Calcutta medical institutions reports 1879-81 [i.e.91]
Year: 1879
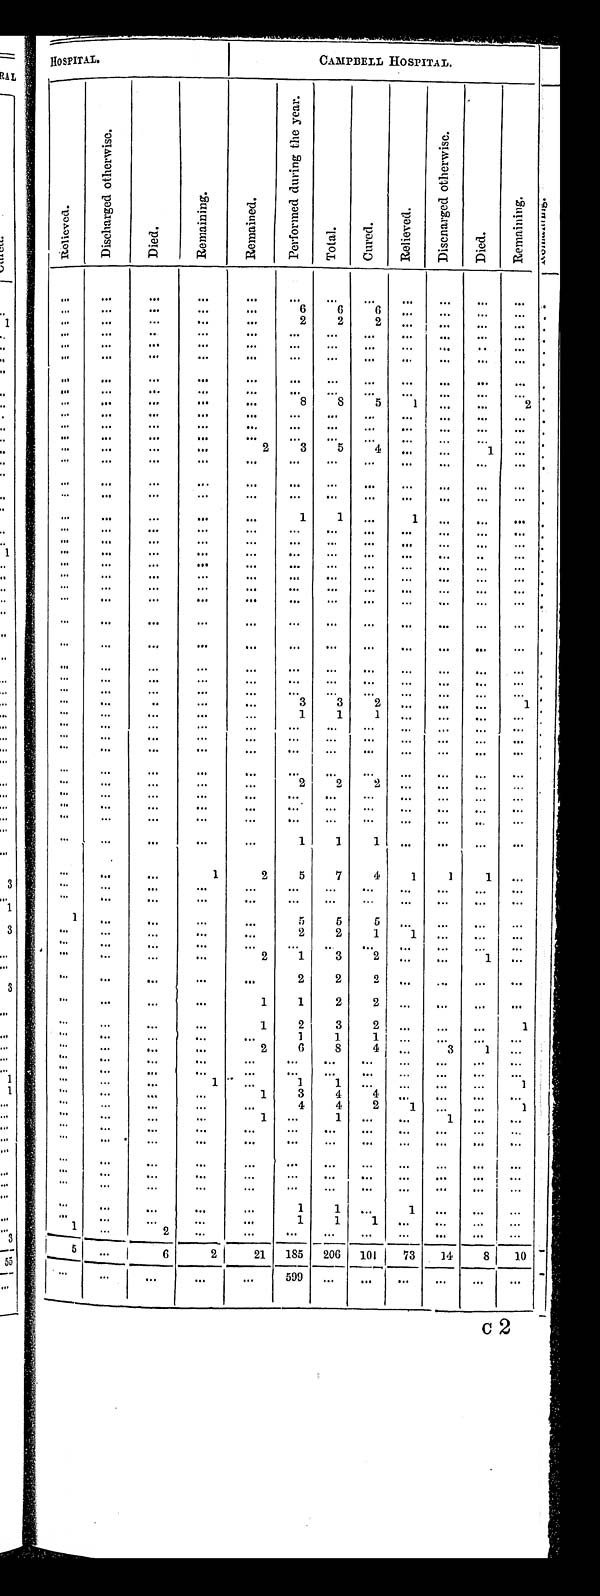
H O S P I T A L .
CAMPBELL HOSPITAL.
R e l i e v e d .
D i s c h a r g e d o t h e r w i s e .
D i e d .
R e m a i n i n g .
R e m a i n e d .
P e r f o r m e d d u r i n g t h e y e a r .
T o t a l .
C u r e d .
R e l i e v e d .
D i s c h a r g e d o t h e r w i s e .
D i e d .
R e m a i n i n g .
. . .
. . .
. . .
. . .
. . .
. . .
. . .. . .
. . .
. . .
. . .
. . .
. . .
. . .
. . .
. . .
. . .
6
6 6
. . .
. . .
. . .
. . .
. . .
. . .
. . .
. . .
. . .
2
2
2
. . .
. . .
. . .
. . .
. . .
. . .
. . .
. . .
. . .
. . .
. . .
. . .
. . .
. . .
. . .
. . .
. . .
. . .
. . .
. . .
. . .
. . .
. . . . . .
. . .
. . .
. . .
. . .
. . .
. . .
. . .
. . .
. . .
. . .
. . .
. . .
. . .
. . .
. . .
. . .
. . .
. . .
. . .
. . .
. . .
. . .
. . . . . .
. . .
. . .
. . .
. . .
. . .
. . .
. . .
. . .
. . .
. . .
. . . . . .
. . .
. . .
. . .
. . .
. . .
. . .
. . .
. . .
. . .
8
8
5
1
. . .
. . .
2
. . .
. . .
. . .
. . .
. . .
. . .
. . .
. . .
. . .
. . .
. . .
. . .
. . .
. . .
. . .
. . .
. . .
. . .
. . . . . .
. . .
. . .
. . .
. . .
. . .
. . .
. . .
. . .
. . .
. . .
. . . . . .
. . .
. . .
. . .
. . .
. . .
. . .
. . .
. . .
2
3
5
4
. . .
. . .
1
. . .
. . .
. . .
. . .
. . .
. . .
. . .
. . .
. . .
. . .
. . . . . .
. . .
. . .
. . .
. . .
. . .
. . .
. . .
. . .
. . .
. . .
. . .
. . .
. . .
. . .
. . .
. . .
. . .
. . .
. . .
. . . . . .
. . .
. . .
. . .
. . .
. . .
. . .
. . .
. . .
. . .
1
1
. . .
1
. . .
. . .
. . .
. . .
. . .
. . .
. . .
. . .
. . .
. . .. . .
. . .
. . .
. . .
. . .
. . .
. . .
. . .
. . .
. . .
. . .
. . .. . .
. . .
. . .
. . .
. . .
. . .
. . .
. . .
. . .
. . .
. . .
. . .
. . .
. . .
. . .
. . .
. . .
. . .
. . .
. . .
. . .
. . .
. . .
. . .
. . .
. . .
. . .
. . .
. . .
. . .
. . .
. . .
. . .
. . .
. . .
. . . . . .
. . .
. . .
. . .
. . .
. . .
. . .
. . .
. . .
. . .
. . .
. . . . . .
. . .
. . .
. . .
. . .
. . .
. . .
. . .
. . .
. . .
. . .
. . .
. . .
. . .
. . .
. . .
. . .
. . .
. . .
. . .
. . .
. . .
. . .
. . .
. . .
. . .
. . .
. . .
. . .
. . .
. . .
. . .
. . .
. . .
. . .
. . .
. . .
. . .
. . .
. . .
. . .
. . .
. . .
. . .
. . .
. . .
. . .
. . .
. . .
. . .
. . .
. . .
. . .
. . .
. . .
. . .
. . .
. . .
. . .
. . . . . .
. . .
. . .
. . .
. . .
. . .
. . .
. . .
. . .
. . .
. . .
. . . . . .
. . .
. . .
. . .
. . .
. . .
. . .
. . .
. . .
. . .
3
3 2
. . .
. . .
. . .
1
. . .
. . .
. . .
. . .
. . .
1
1
1
. . .
. . .
. . . . . .
. . .
. . .
. . .
. . .
. . .
. . .
. . .. . .
. . .
. . .
. . . . . .
. . .
. . .
. . .
. . .
. . .
. . .
. . .
. . .. . .
. . .
. . .
. . .
. . .
. . .
. . .
. . .
. . .
. . .
. . .
. . .
. . .
. . .
. . .
. . .
. . .
. . .
. . .
. . .
. . .
. . .
. . .
. . .
. . .
. . .
. . .
. . .
. . .
. . . . . .
. . .
. . .
. . .
2
2
2
. . .
. . .
. . . . . .
. . .
. . .
. . .
. . .
. . .
. . .
. . .
. . .
. . .
. . .
. . .
. . .
. . .
. . .
. . .
. . .
. . .
. . .
. . .
. . .
. . .
. . .
. . .
. . .
. . .
. . .
. . .
. . .
. . .
. . .
. . .
. . .
. . .
. . .
. . . . . .
. . .
. . .
. . .
. . .
. . .
1
1
1
. . .
. . .
. . .
. . .
. . .
. . .
1
2
5
7
4
1
1 1
. . .
. . .
. . .
. . .
. . .
. . .
. . .
. . .
. . .
. . .
. . .
. . .
. . .
. . .
. . .
. . .
. . .
. . .
. . .
. . .
. . .
. . .
. . .
. . .
. . .
1
. . .
. . .
. . .
. . .
5
5
5
. . .
. . .
. . . . . .
. . .
. . .
. . .
. . .
. . .
2
2
1
1
. . .
. . .
. . .
. . .
. . .
. . .
. . .
. . .
. . .
. . .
. . .
. . .
. . .
. . .
. . .
. . .
. . .
. . .
. . .
2
1
3 2
. . .
. . .
1
. . .
. . .
. . .
. . .
. . .
. . .
2
2
2
. . .
. . .
. . .
. . .
. . .
. . .
. . .
. . .
1
1
2
2
. . .
. . .
. . . . . .
. . .
. . .
. . .
. . .
1
2
3
2
. . .
. . .
. . . . . .
. . .
. . .
. . .
. . .
. . .
1
1
1
. . .
. . .
. . . . . .
. . .
. . .
. . .
. . .
2
6
8
4
. . .
3
1
. . .
. . .
. . .
. . .
. . .
. . .
. . .
. . .
. . .
. . .
. . . . . .
. . .
. . .
. . .
. . .
. . .
. . .
. . .
. . .
. . .
. . .
. . . . . .
. . .
. . .
. . .
. . .
1
. . .
1
1
. . .
. . .
. . . . . .
1
. . .
. . .
. . .
. . .
1
3
4
4
. . .
. . .
. . .
. . .
. . .
. . .
. . .
. . .
. . .
4
4
2
1
. . .
. . . 1
. . .
. . .
. . .
. . .
1
. . .
1
. . .. . .
1
. . . . . .
. . .
. . .
. . .
. . .
. . .
. . .
. . .
. . .
. . .
. . .
. . .
. . .
. . .
. . .
. . .
. . .
. . .
. . .
. . .
. . .
. . .
. . .
. . .
. . .
. . .
. . .
. . .
. . .
. . .
. . .
. . . . . .
. . .
. . .
. . .
. . .
. . .
. . .
. . .
. . .
. . .
. . .
. . .
. . .
. . .
. . .
. . .
. . .
. . .
. . .
. . .
. . .
. . .
. . .
. . .
. . .
. . .
. . .
. . .
. . .
. . .
. . .
. . .
. . .
. . .
1
1
. . .
1
. . .
. . . . . .
. . . . . .
. . .
. . .
. . .
1
1 1
. . .
. . .
. . . . . .
1 . . .
2
. . .
. . .
. . .
. . .
. . .
. . .
. . .
. . .
. . .
5
. . .
6
2
21
1 8 5
2 0 6
1 0 1
7 3
1 4
8
1 0
. . .
. . .
. . .
. . .
. . .
599
. . .
. . .
. . .
. . .
. . .
. . .
c2